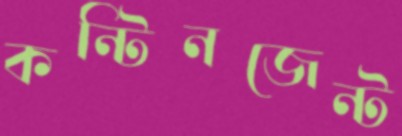
কন্টিনজেন্ট